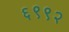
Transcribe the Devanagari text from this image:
६९९२